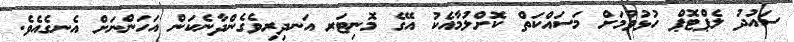
ސައުދު ލެޕްޓޮޕް ހުޅުވުމަށް މަސައްކަތް ކޮށްލުމާއެކު އޭގެ މޮނިޓަރ އަނދިރިވެގެންދާނެކަން އަހަންނަށް އެނގެއެވެ.